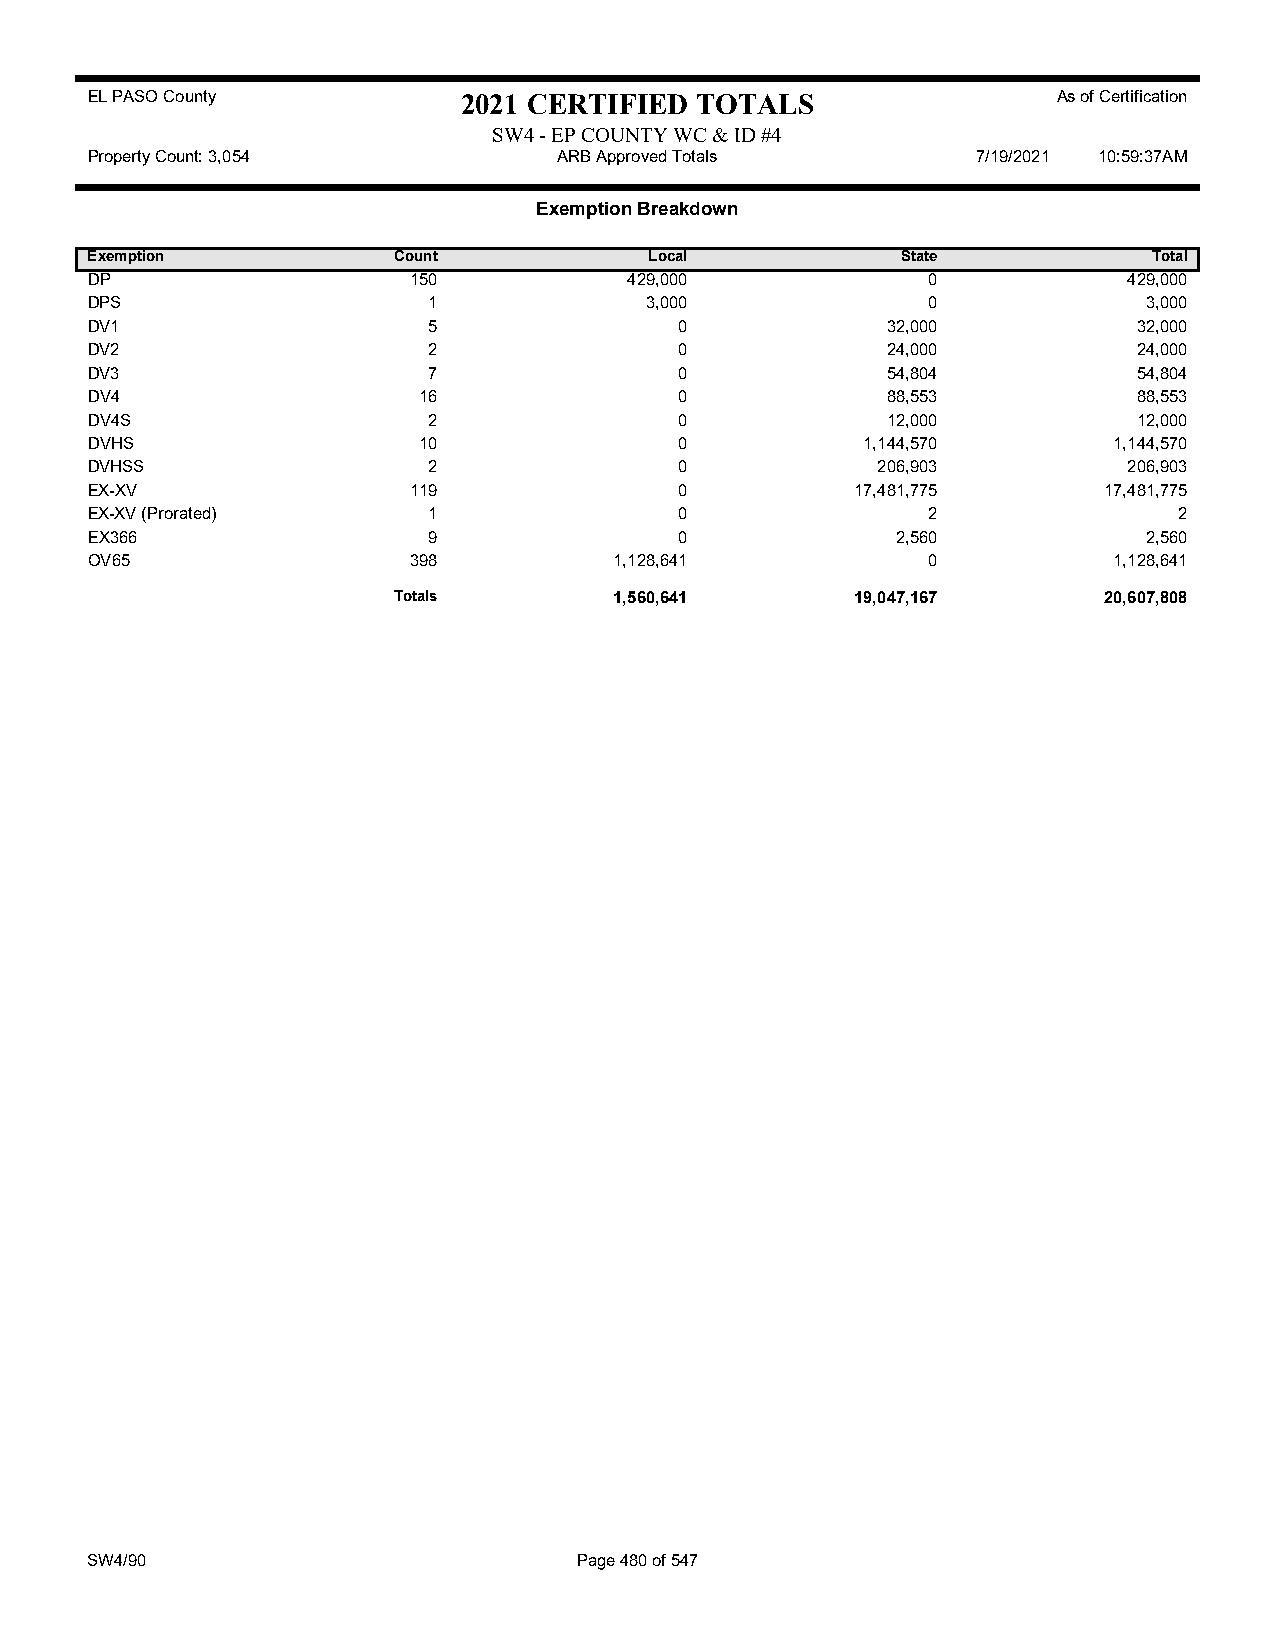
EL PASO County           2021 CERTIFIED TOTALS                  As of Certification
 SW4 - EP COUNTY WC & ID #4
 Property Count: 3,054          ARB Approved Totals         7/19/2021 10:59:37AM
 Exemption Breakdown
 Exemption           Count            Local            State           Total
 DP                   150            429,000            0             429,000
 DPS                   1              3,000             0              3,000
 DV1                   5                0             32,000          32,000
 DV2                   2                0             24,000          24,000
 DV3                   7                0             54,804          54,804
 DV4                   16               0             88,553          88,553
 DV4S                  2                0             12,000          12,000
 DVHS                  10               0           1,144,570        1,144,570
 DVHSS                 2                0            206,903          206,903
 EX-XV                119               0           17,481,775      17,481,775
 EX-XV (Prorated)      1                0               2                2
 EX366                 9                0             2,560            2,560
 OV65                 398           1,128,641           0            1,128,641
 Totals         1,560,641       19,047,167      20,607,808
 SW4/90                          Page 480 of 547